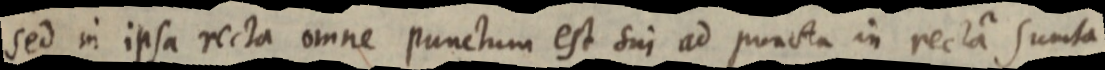
sed in ipsa recta omne punctum est sui ad puncta in recta sumta